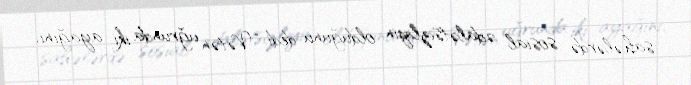
sahələrdə sosial ədalətsizliyin olduğunu dedi: “Vətən uğrunda iki ayağını,